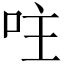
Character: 𠰍